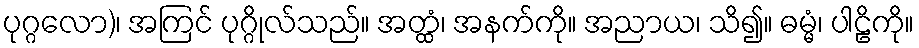
ပုဂ္ဂလော)၊ အကြင် ပုဂ္ဂိုလ်သည်။ အတ္ထံ၊ အနက်ကို။ အညာယ၊ သိ၍။ ဓမ္မံ၊ ပါဠိကို။